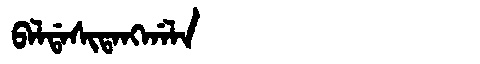
Manchu: ᠪᠠᠯᡩᠠᠰᡳᡨᠠᠩᡤᠠᠯᠠ
Romanization: BALDASITANGGALA